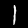
Digit: 1